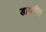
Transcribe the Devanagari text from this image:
डायरीत